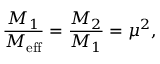
\frac { M _ { 1 } } { M _ { \mathrm { e f f } } } = \frac { M _ { 2 } } { M _ { 1 } } = \mu ^ { 2 } ,